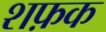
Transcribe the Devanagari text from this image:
शफ़क